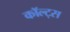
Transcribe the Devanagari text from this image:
कॉल्ट्स